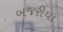
બજરીયા